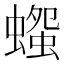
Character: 𧐫